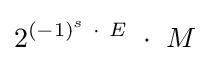
2^{(-1)^{s}\ \cdot \ E}\ \cdot \ M\